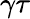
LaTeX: \gamma\tau